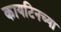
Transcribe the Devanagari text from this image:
कायटिनच्या